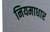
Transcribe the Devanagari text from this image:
नियमाधार